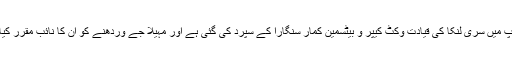
عالمی کپ میں سری لنکا کی قیادت وکٹ کیپر و بیٹسمین کمار سنگارا کے سپرد کی گئی ہے اور مہیلا جے وردھنے کو ان کا نائب مقرر کیا گیا ہے۔